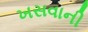
ખસવાની